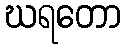
ဃရတော